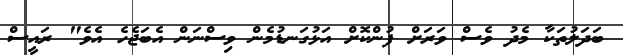
ބަދަލުތަކާ މެދު ވެސް ވަރަށް ފުންކޮށް އަޅުގަނޑުމެން ވިސްނަން އެބަޖެހެ އެވެ" ރައީސް